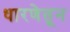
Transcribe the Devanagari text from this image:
धारणेतून